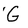
Character: G